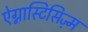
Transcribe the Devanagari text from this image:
ऐग्नास्टिसिज़्म